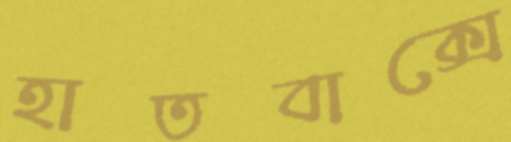
হাতবাক্সে